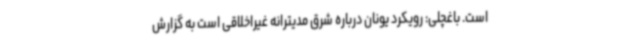
است. باغچلی: رویکرد یونان درباره شرق مدیترانه غیراخلاقی است به گزارش